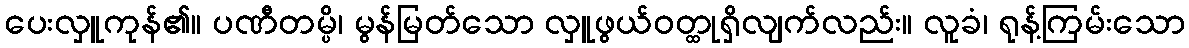
ပေးလှူကုန်၏။ ပဏီတမ္ပိ၊ မွန်မြတ်သော လှူဖွယ်ဝတ္ထုရှိလျက်လည်း။ လူခံ၊ ရုန့်ကြမ်းသော